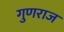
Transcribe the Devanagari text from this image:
गुणराज